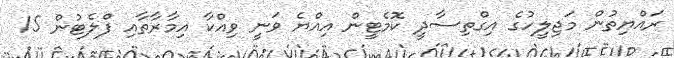
ރައްޔިތުން މަޖިލީހުގެ އިގްތިސާދީ ކޮމެޓީން އިއްޔެ ވަނީ ވިއްކާ އިމާރާތާއި ފްލެޓުން 15